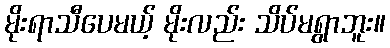
မိုးရာသီပေမယ့် မိုးလည်း သိပ်မရွာဘူး။